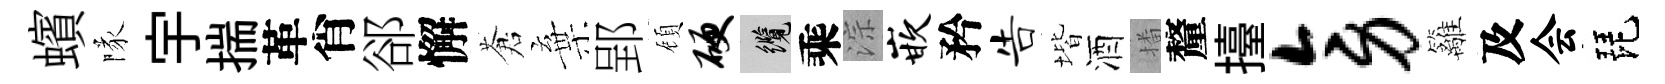
蠙隊宇揣革肖郤懈蒼棄郢頋硬纜乘淙嵌矜告堦酒播釐擡旁籬及会琵